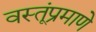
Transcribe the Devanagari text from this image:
वस्तूंप्रमाणे